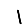
Digit: 1